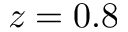
z = 0 . 8